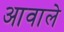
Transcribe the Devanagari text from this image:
आवाले